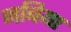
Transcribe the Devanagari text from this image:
नबिया